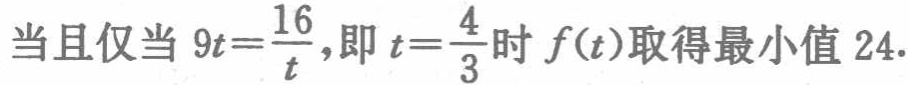
当且仅当 \(9t = \frac{16}{t}\)，即 \(t = \frac{4}{3}\) 时 \(f(t)\) 取得最小值 \(24\).